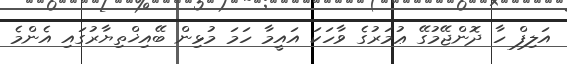
އަލިފް ހާ ދޮންޖޭމުގޭ ޢުމަރުގެ ވާހަކަ އައީމާ ހަމަ މުޅިން ބޭއިޚްތިޔާރުގައި އެންމެ